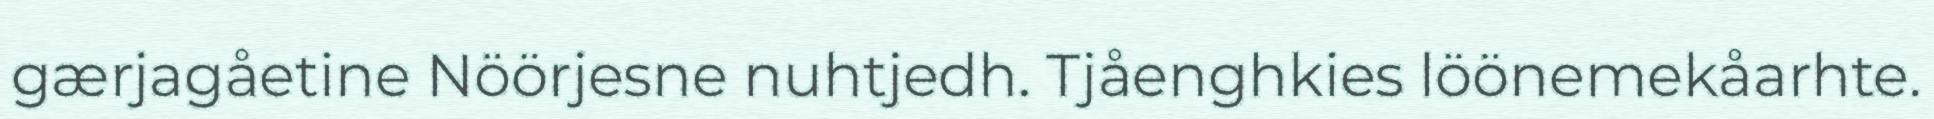
gærjagåetine Nöörjesne nuhtjedh. Tjåenghkies löönemekåarhte.